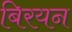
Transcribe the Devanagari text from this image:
बिरयन